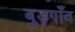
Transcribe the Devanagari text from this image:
बुड़गाँव